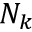
N _ { k }